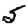
Digit: 5